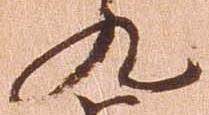
九